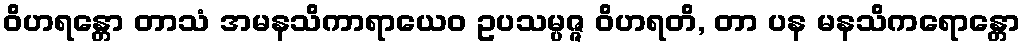
ဝိဟရန္တော တာသံ အမနသိကာရာယေဝ ဥပသမ္ပဇ္ဇ ဝိဟရတိ, တာ ပန မနသိကရောန္တော